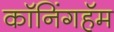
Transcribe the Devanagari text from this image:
कॉनिंगहॅम